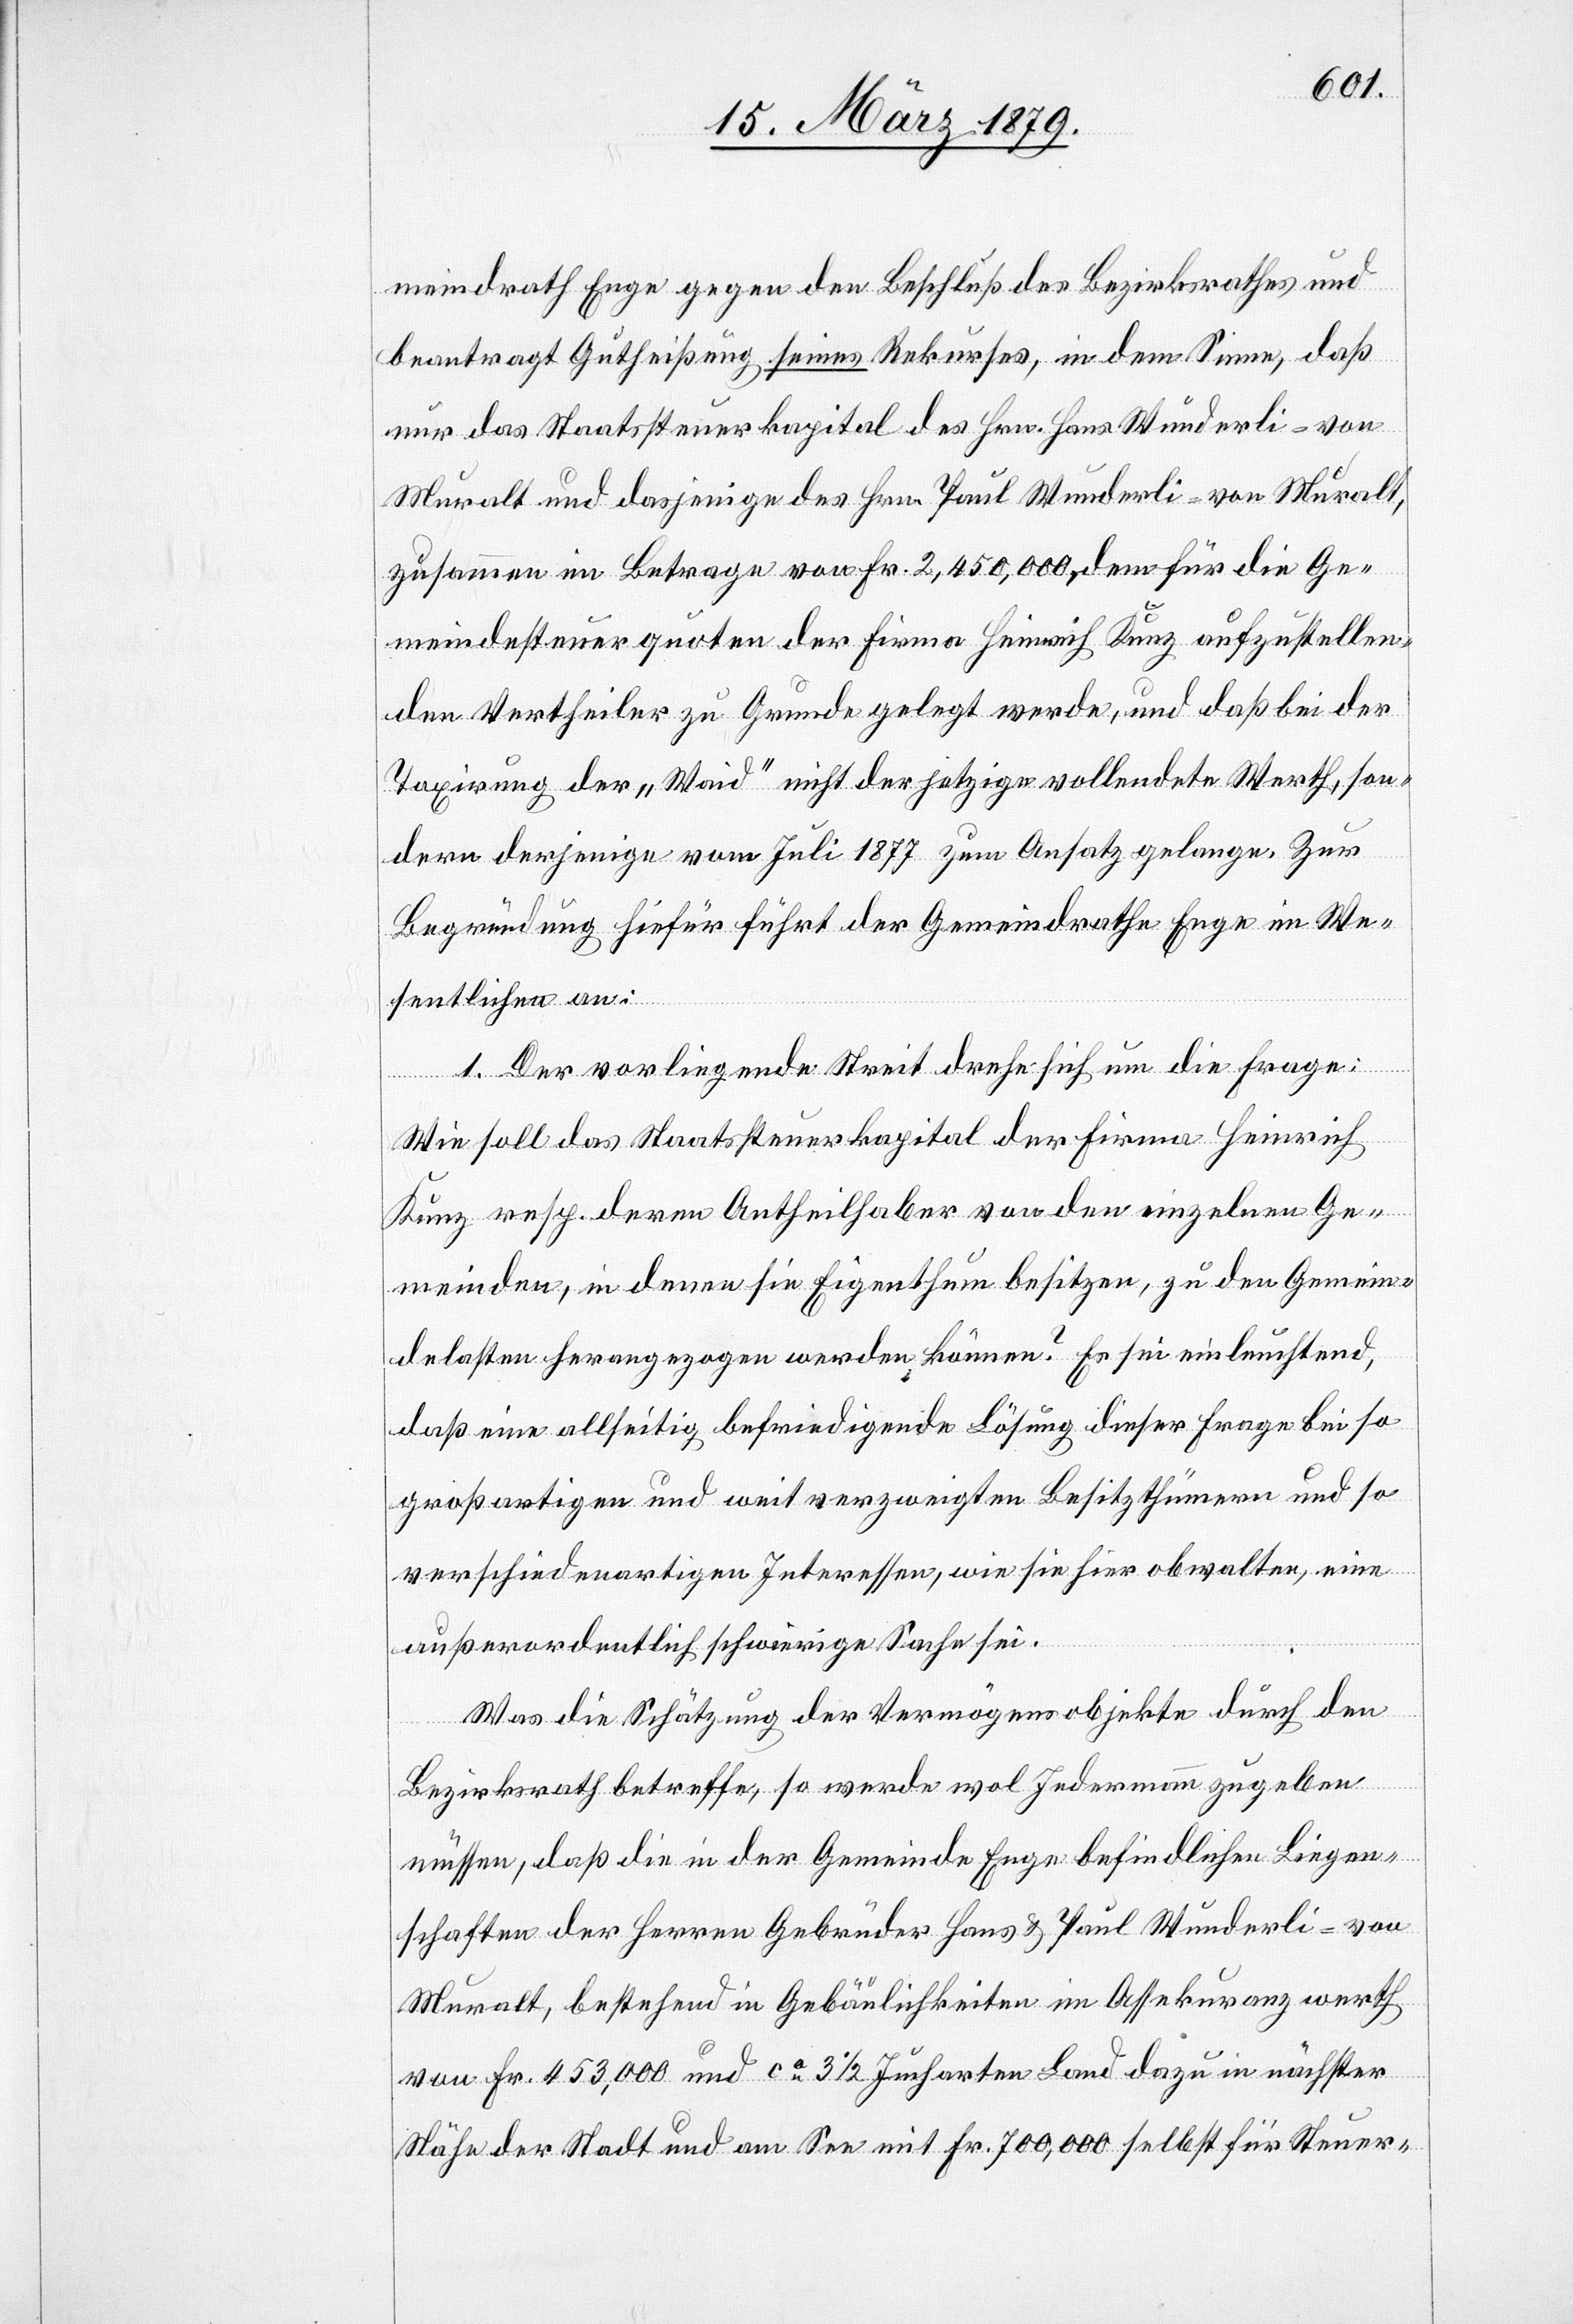
meindrath Enge gegen den Beschluß des Bezirksrathes und
beantragt Gutheißung seines Rekurses, in dem Sinne, daß
nur das Staatssteuerkapital des Hrn. Hans Wunderli-von
Muralt und dasjenige des Hrn. Paul Wunderli-von Muralt,
zusammen im Betrage von Fr. 2,450,000, dem für die Ge¬
meindesteuerquoten der Firma Heinrich Kunz aufzustellen¬
den Vertheiler zu Grunde gelegt werde, und daß bei der
Taxirung der „Waid“ nicht der jetzige vollendete Werth, son¬
dern derjenige vom Juli 1877 zum Ansatz gelange. Zur
Begründung hiefür führt der Gemeindrathe [sic!] Enge im We¬
sentlichen an:
1. Der vorliegende Streit drehe sich um die Frage:
Wie soll das Staatssteuerkapital der Firma Heinrich
Kunz resp. deren Antheilhaber von den einzelnen Ge¬
meinden, in denen sie Eigenthum besitzen, zu den Gemein¬
delasten herangezogen werden können? Es sei einleuchtend,
daß eine allseitig befriedigende Lösung dieser Frage bei so
großartigen und weit verzweigten Besitzthümern und so
verschiedenartigen Interessen, wie sie hier obwalten, eine
außerordentlich schwierige Sache sei.
Was die Schätzung der Vermögensobjekte durch den
Bezirksrath betreffe, so werde wol Jedermann zugeben
müssen, daß die in der Gemeinde Enge befindlichen Liegen¬
schaften der Herren Gebrüder Hans & Paul Wunderli-von
Muralt, bestehend in Gebäulichkeiten im Assekuranzwerth
von Fr. 453,000 und ca. 3 1/2 Jucharten Land dazu in nächster
Nähe der Stadt und am See mit Fr. 700,000 selbst für Steuer-